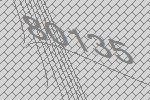
80135